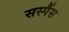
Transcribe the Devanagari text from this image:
सस्पैंस